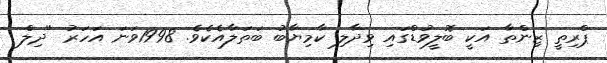
ޕްރިތީ ޒިންތާ އަކީ ބޮލީވުޑްގައި ވިދާލި ކާމިޔާބު ބަތަލާއެކެވެ. 1998ވަނަ އަހަރު ''ދިލް